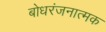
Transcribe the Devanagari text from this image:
बोधरंजनात्मक